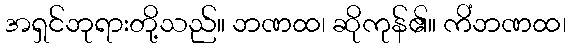
အရှင်ဘုရားတို့သည်။ ဘဏထ၊ ဆိုကုန်၏။ ကိံဘဏထ၊